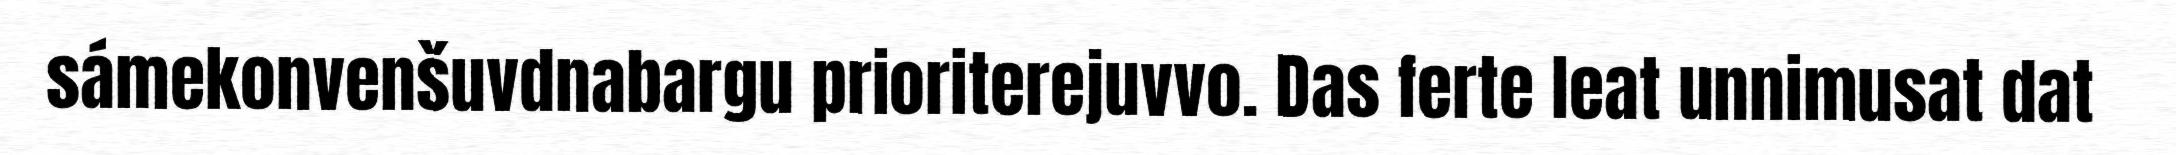
sámekonvenšuvdnabargu prioriterejuvvo. Das ferte leat unnimusat dat